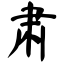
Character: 肃